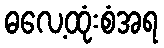
ဓလေ့ထုံးစံအရ